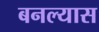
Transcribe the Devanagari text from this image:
बनल्यास